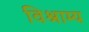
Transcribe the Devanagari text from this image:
विश्राम्य